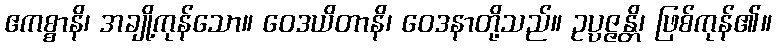
ဧကစ္စာနိ၊ အချို့ကုန်သော။ ဝေဒယိတာနိ၊ ဝေဒနာတို့သည်။ ဥပ္ပဇ္ဇန္တိ၊ ဖြစ်ကုန်၏။